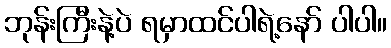
ဘုန်းကြီးနဲ့ပဲ ရမှာထင်ပါရဲ့နော် ပါပါ။